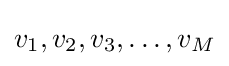
v_{1},v_{2},v_{3},\ldots ,v_{M}